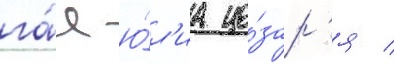
га́я ю́л'иа це́зар'я /